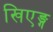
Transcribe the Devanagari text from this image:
खिएङ्ग